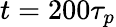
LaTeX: t=200\tau_{p}